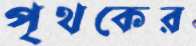
পৃথকের